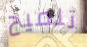
تلميح